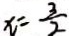
x = \frac { 3 } { 2 }